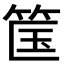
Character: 筺